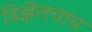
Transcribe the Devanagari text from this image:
डिझेलचाच